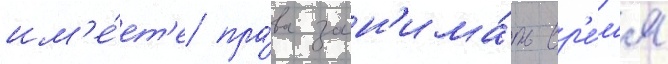
им'е́ет'е пра́ва зан'има́ть вр'е́м'я